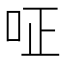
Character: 𠰪